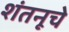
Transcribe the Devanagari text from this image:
शंतनूचे